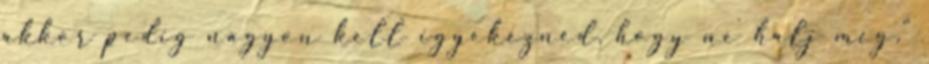
akkor pedig nagyon kell igyekezned, hogy ne halj meg."